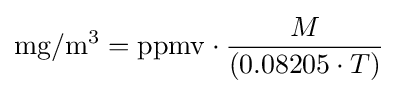
\mathrm {mg} /\mathrm {m} ^{3}=\mathrm {ppmv} \cdot {\frac {M}{(0.08205\cdot T)}}